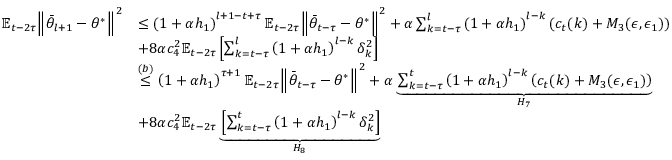
\begin{array} { r l } { \mathbb { E } _ { t - 2 \tau } \Big \lVert \bar { \theta } _ { l + 1 } - \theta ^ { * } \Big \rVert ^ { 2 } } & { \leq \left( 1 + \alpha h _ { 1 } \right) ^ { l + 1 - t + \tau } \mathbb { E } _ { t - 2 \tau } \Big \lVert \bar { \theta } _ { t - \tau } - \theta ^ { * } \Big \rVert ^ { 2 } + \alpha \sum _ { k = t - \tau } ^ { l } \left( 1 + \alpha h _ { 1 } \right) ^ { l - k } \left( c _ { t } ( k ) + M _ { 3 } ( \epsilon , \epsilon _ { 1 } ) \right) } \\ & { + 8 \alpha c _ { 4 } ^ { 2 } \mathbb { E } _ { t - 2 \tau } \left[ \sum _ { k = t - \tau } ^ { l } \left( 1 + \alpha h _ { 1 } \right) ^ { l - k } \delta _ { k } ^ { 2 } \right] } \\ & { \stackrel { ( b ) } { \leq } \left( 1 + \alpha h _ { 1 } \right) ^ { \tau + 1 } \mathbb { E } _ { t - 2 \tau } \Big \lVert \bar { \theta } _ { t - \tau } - \theta ^ { * } \Big \rVert ^ { 2 } + \alpha \underbrace { \sum _ { k = t - \tau } ^ { t } \left( 1 + \alpha h _ { 1 } \right) ^ { l - k } \left( c _ { t } ( k ) + M _ { 3 } ( \epsilon , \epsilon _ { 1 } ) \right) } _ { H _ { 7 } } } \\ & { + 8 \alpha c _ { 4 } ^ { 2 } \mathbb { E } _ { t - 2 \tau } \underbrace { \left[ \sum _ { k = t - \tau } ^ { t } \left( 1 + \alpha h _ { 1 } \right) ^ { l - k } \delta _ { k } ^ { 2 } \right] } _ { H _ { 8 } } } \end{array}